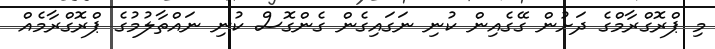
މި ޕްރޮގްރާމްގެ ދަށުން ގޭގެއިން ކުނި ނަގައިގެން ގެންގޮސް ކުނި ނައްތާލުމުގެ ޕްރޮގްރާމެއް